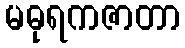
မဓုရကဇာတာ